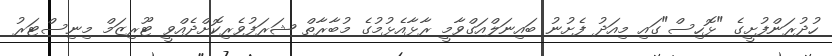
ހުދުރަންފުށީގެ "ޅޮހިސް"ގައި މިއަދު ފެށުނު ބައިނަލްއަގްވާމީ ރާޅާއެޅުމުގެ މުބާރާތް ޝަރަފުވެރިކޮށްދެއްވީ ޓޫރިޒަމް މިނިސްޓަރު